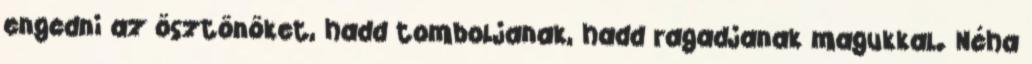
engedni az ösztönöket, hadd tomboljanak, hadd ragadjanak magukkal. Néha